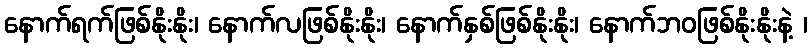
နောက်ရက်ဖြစ်နိုးနိုး၊ နောက်လဖြစ်နိုးနိုး၊ နောက်နှစ်ဖြစ်နိုးနိုး၊ နောက်ဘဝဖြစ်နိုးနိုးနဲ့ ၊